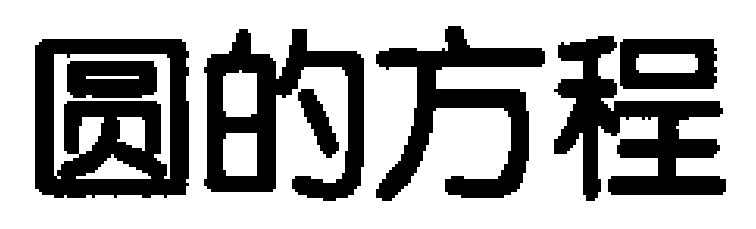
圆的方程